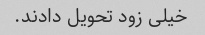
خیلی زود تحویل دادند.